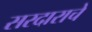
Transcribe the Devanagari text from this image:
सरदाराचे